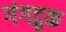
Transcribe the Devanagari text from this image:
गंगद्रुक